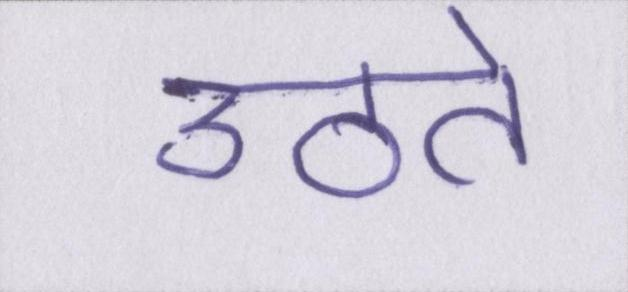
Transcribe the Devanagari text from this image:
उठते